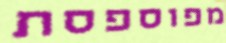
מפוספסת